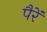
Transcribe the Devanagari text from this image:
पैरें